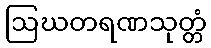
ဩဃတရဏသုတ္တံ